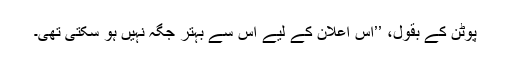
پوٹن کے بقول، ’’اس اعلان کے لیے اس سے بہتر جگہ نہیں ہو سکتی تھی۔